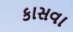
કાસવા